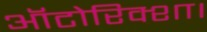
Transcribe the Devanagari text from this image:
ऑटोरिक्शा।